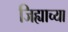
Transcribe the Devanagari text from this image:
जिह्याच्‍या